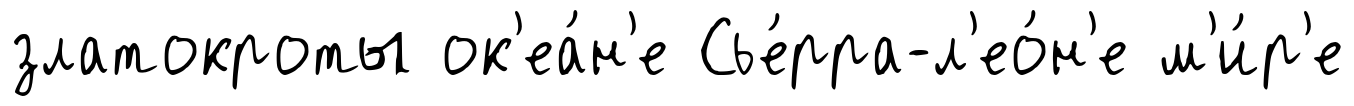
златокроты ок'еа́н'е Сье́рра-л'ео́н'е м'и́р'е